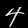
Label: 4